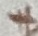
Text: +